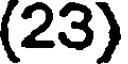
(23)